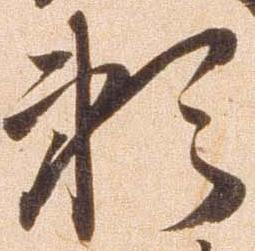
頼